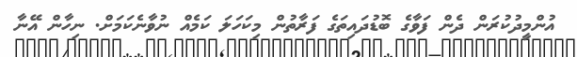
އުންމީދުކުރަން ދެން ފަވާގެ ބޮޑުދައިތަގެ ފަރާތުން މިކަހަލަ ކަމެއް ނުވާނެކަމަށް. ނިހާން އޭނާ